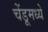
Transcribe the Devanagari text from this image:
चेंडूमध्ये